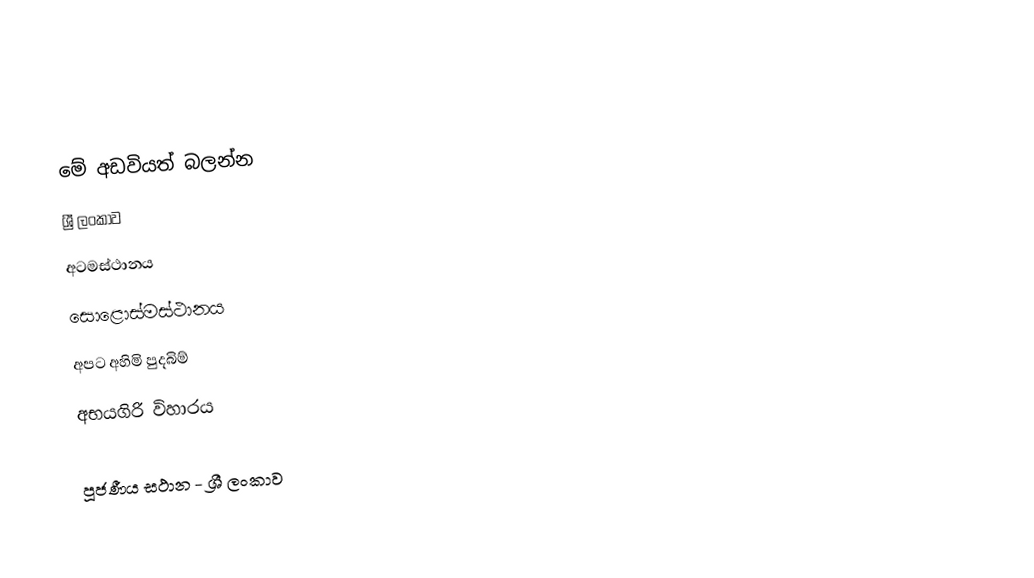

මේ අඩවියත් බලන්න
 ශ්‍රී ලංකාව
 අටමස්ථානය
 සොළොස්මස්ථානය
 අපට අහිමි පුදබිම්
 අභයගිරි විහාරය

පූජණීය ස‍්ථාන - ශ්‍රී ලංකාව